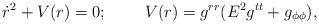
LaTeX: \begin{align*}\dot{r}^2+V(r)=0;\;\;\;\;\;\;\;\;V(r)=g^{rr}(E^2g^{tt}+g_{\phi\phi}),\end{align*}